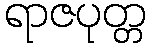
ရာဇပုတ္တ